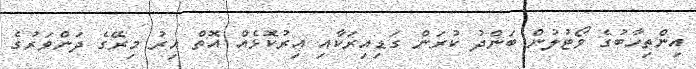
އިންތިހާބުގެ ވޯޓުލުން ބަންދު ކުރަން ގަޑިއިރަކާއި އިރުކޮޅެއް އޮތް އިރު މިރޭގެ ދަންވަރުގެ